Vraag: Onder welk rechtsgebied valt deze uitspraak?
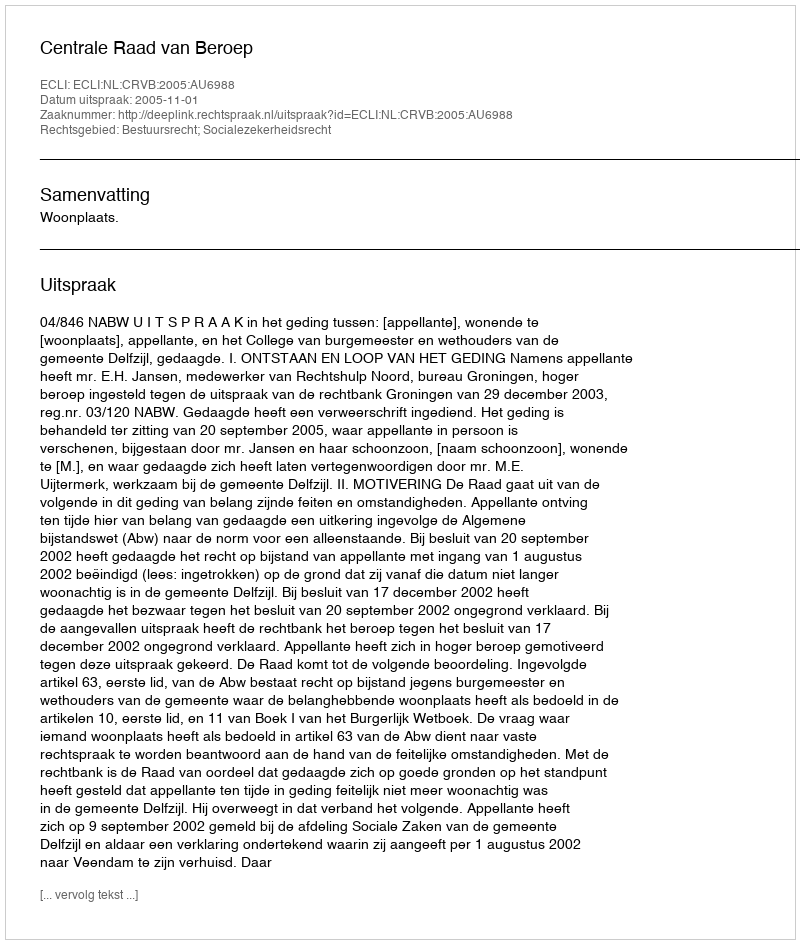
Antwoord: Bestuursrecht; Socialezekerheidsrecht